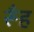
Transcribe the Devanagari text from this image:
रूँह